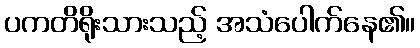
ပကတိရိုးသားသည့် အသံပေါက်နေ၏။